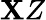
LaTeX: \mathbf{X}Z